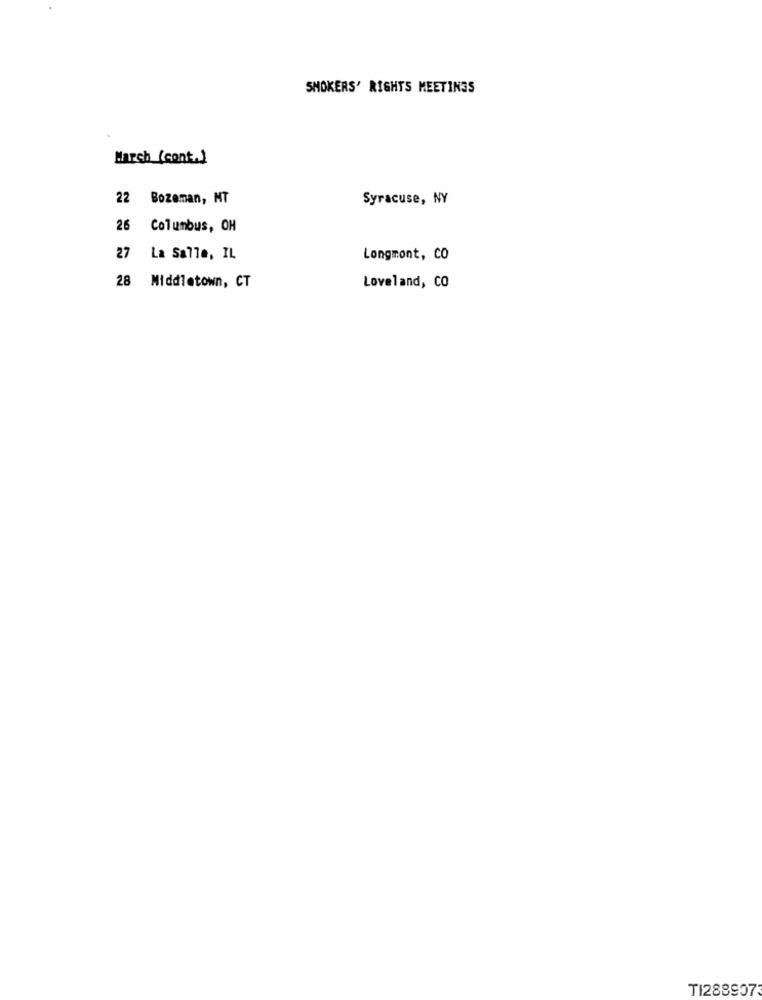
SMOKERS' RIGHTS MEETINGS
March (cont.)
22 Bozeman, MT
Syracuse, NY
26 Columbus, OH
27 La Salle, IL
Longmont, CO
28 Middletown, CT
Loveland, CO
TI2889073